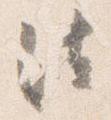
法